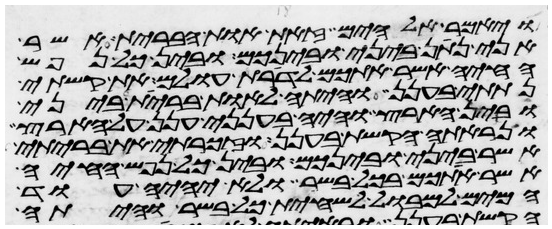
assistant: ויאמר אלהים זאת אות הברית אשר
אני נתן ביני ובינכם ובין כל נפש
החיה אשר אתכם לדרות עולם את קשתי
נתתי בענן והיתה לאות ברית ביני
ובין הארץ והיה בענני ענן על הארץ
ונראתה הקשת בענן וזכרתי את בריתי
אשר ביני ובינכם ובין כל נפש החיה
אשר אתכם בכל בשר ולא יהיה עוד
המים למבול להשחית כל בשר והיתה